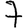
Digit: 7